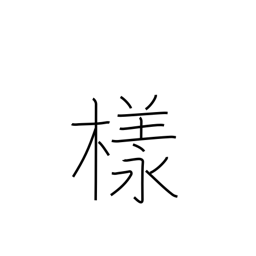
Meaning: Esq.